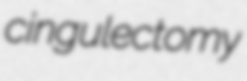
cingulectomy